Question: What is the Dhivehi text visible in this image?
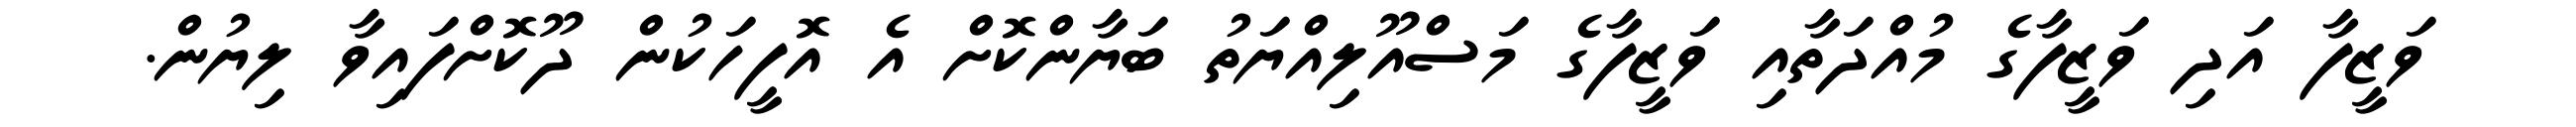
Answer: ވަޒީފާ އަދި ވަޒީފާގެ މުއްދަތާއި ވަޒީފާގެ މަސްއޫލިއްޔަތު ބަޔާންކޮށް އެ އޮފީހަކުން ދޫކޮށްފައިވާ ލިޔުން.